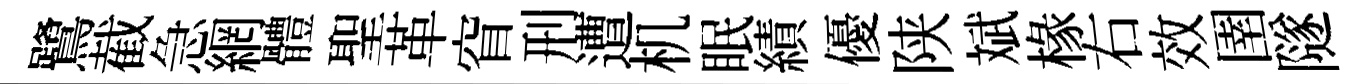
鷺截急網體聖革窅刑遭机眠績優陕斌椽右效圉隧